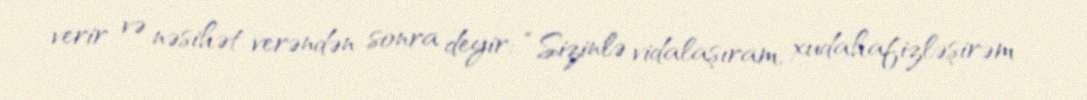
verir və nəsihət verəndən sonra deyir: “Sizinlə vidalaşıram, xudahafizləşirəm